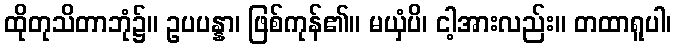
ထိုတုသိတာဘုံ၌။ ဥပပန္နာ၊ ဖြစ်ကုန်၏။ မယှံပိ၊ ငါ့အားလည်း။ တထာရူပါ၊